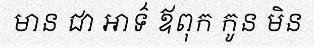
មាន ជា អាទ៌ ឪពុក កូន មិន